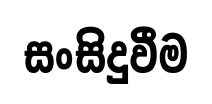
සංසිදුවීම